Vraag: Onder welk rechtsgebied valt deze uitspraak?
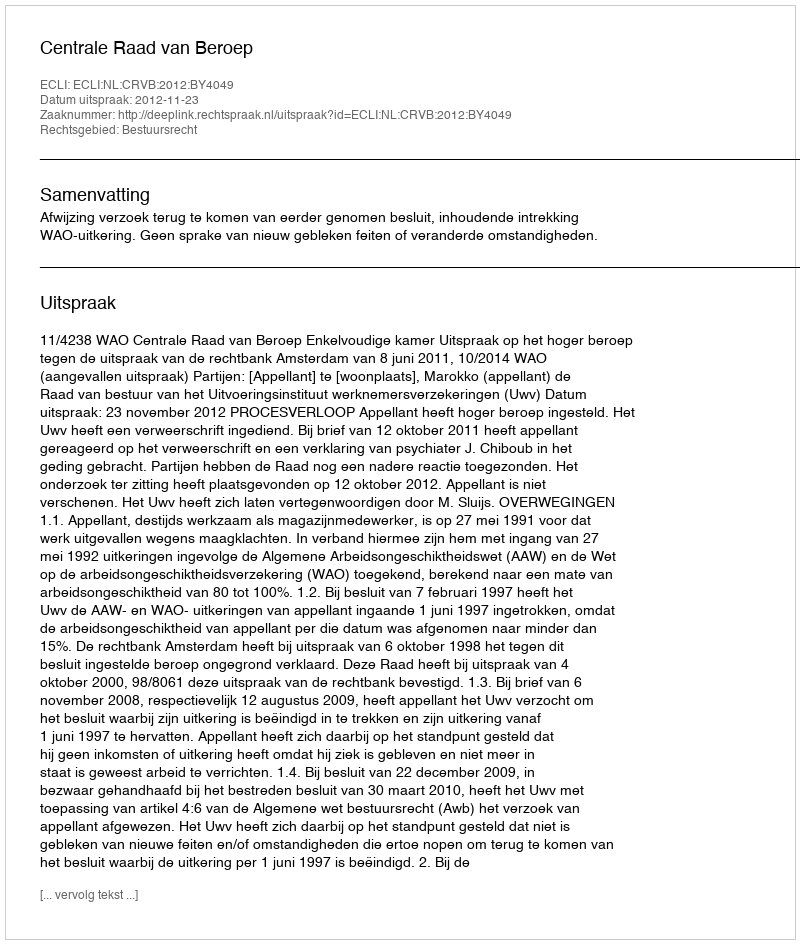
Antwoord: Bestuursrecht